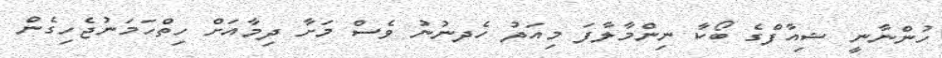
ހުންނާނީ ޝިއާފްގެ ބޯކާ ނިންމާލާފަ މިއަދު ހެދނުނު ވެސް މަށާ ދިމާއަށް ހިތްހަމަނުޖެހިގެން